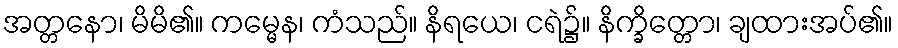
အတ္တနော၊ မိမိ၏။ ကမ္မေန၊ ကံသည်။ နိရယေ၊ ငရဲ၌။ နိက္ခိတ္တော၊ ချထားအပ်၏။